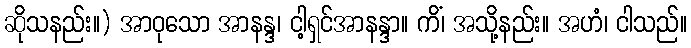
ဆိုသနည်း။) အာဝုသော အာနန္ဒ၊ ငါ့ရှင်အာနန္ဒာ။ ကိံ၊ အသို့နည်း။ အဟံ၊ ငါသည်။